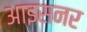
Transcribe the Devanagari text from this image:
आइसनर